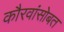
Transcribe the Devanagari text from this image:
कौरवांसोबत